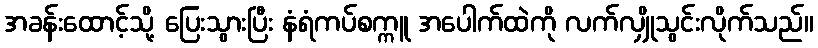
အခန်းထောင့်သို့ ပြေးသွားပြီး နံရံကပ်စက္ကူ အပေါက်ထဲကို လက်လျှိုသွင်းလိုက်သည်။